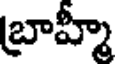
బ్రాహ్మీ